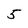
Character: 5